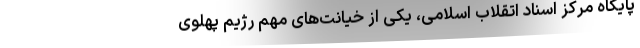
پایگاه مرکز اسناد اتقلاب اسلامی، یکی از خیانت‌های مهم رژیم پهلوی